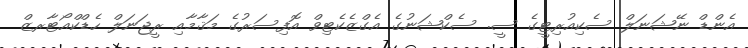
އެންޑް ނޭޝަނަލް ސެކިއުރިޓީގެ ސީ. ސެކްޝަނުގެ އެގްޒެކެޓިވް އޮފިސަރުގެ މަޤާމާއި ރީޖަނަލް ހެޑްކްއޯޓާރޒް